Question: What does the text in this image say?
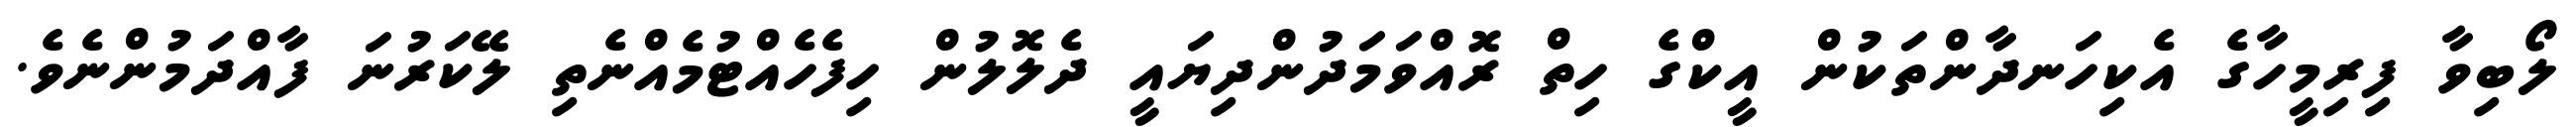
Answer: ލޯބިވާ ފިރިމީހާގެ އެކިހަނދާންތަކުން އީކްގެ ހިތް ރޮއްވަމަދުންދިޔައީ ދެލޮލުން ހިފެހެއްޓުމެއްނެތި ލޭކަރުނަ ފާއްދަމުންނެވެ.